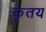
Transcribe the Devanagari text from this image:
कृतय